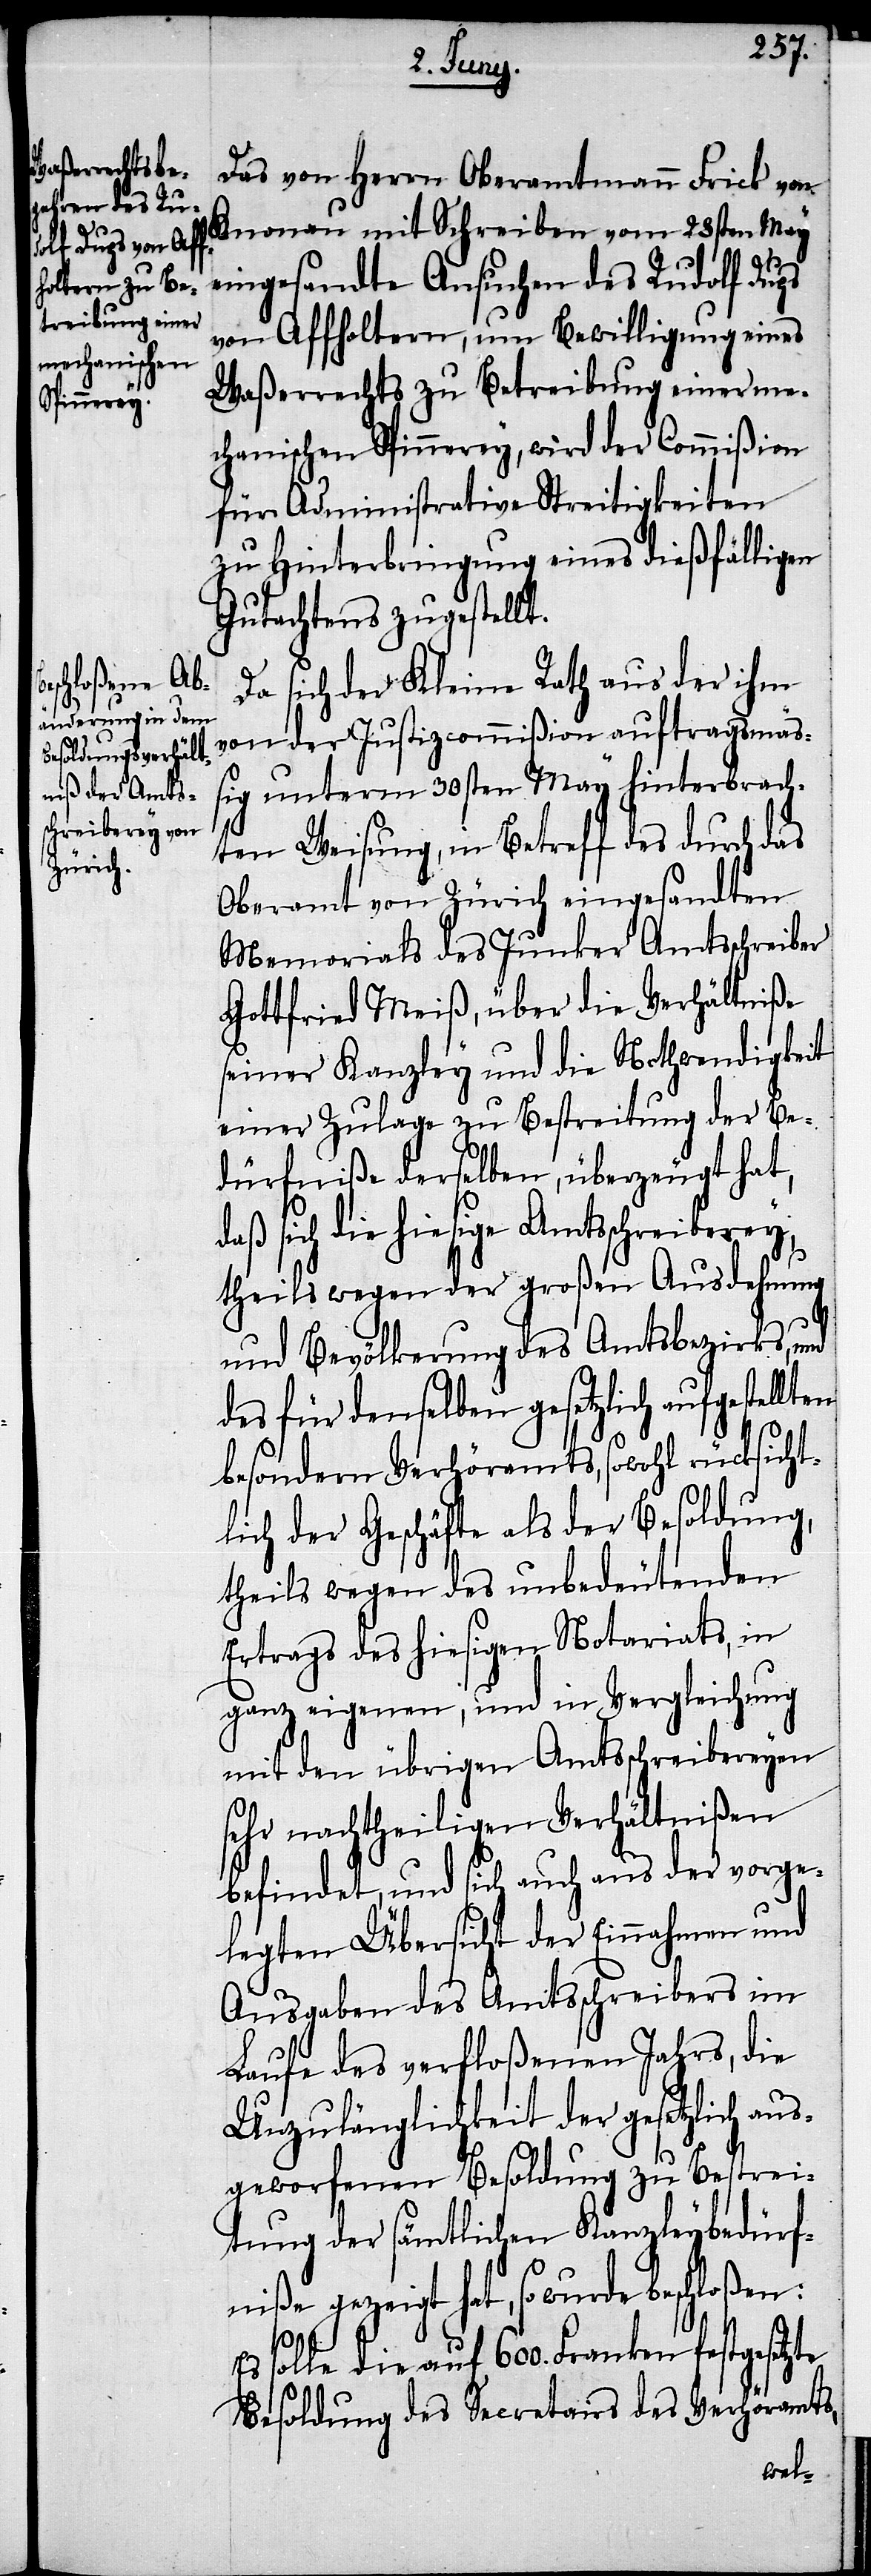
ten

Das von Herrn Oberamtmann Frick von
Knonau mit Schreiben vom 28sten May
eingesandte Ansuchen des Rdolf Dups
von Affoltern, um Bewilligung eines
Waßerrechts zu Betreibung einer me¬
chanischen Spinnerey, wird der Commißion
für Administrative Streitigkeiten
zu Hinterbringung eines dießfälligen
Gutachtens zugestellt.
Da sich der Kleine Rath aus der ihm
von der Justizcommißion auftragsmä¬
ßig unterm 30sten May hinterbrach¬
ten Weisung, in Betreff des durch das
Oberamt von Zürich eingesandten
Memorials des Junker Amtsschreiber
Gottfried Meiß, über die Verhältniße
seiner Kanzley und die Nothwendigkeit
einer Zulage zu Bestreitung der Be¬
dürfniße derselben, überzeugt hat,
daß sich die hiesige Amtsschreiberey;
theils wegen der großen Ausdehnung
und Bevölkerung des Amtsbezirks, und
des für denselben gesetzlich aufgestell¬
besondern Verhöramts, sowohl rücksicht¬
lich der Geschäfte als der Besoldung,
theils wegen des unbedeutenden
Ertrags des hiesigen Notariats, in
ganz eigenen, und in Vergleichung
mit den übrigen Amtsschreibereyen
sehr nachtheiligen Verhältnißen
befindet, und sich auch aus der vorge¬
legten Übersicht der Einnahmen und
Ausgaben des Amtsschreibers im
Laufe des verfloßenen Jahrs, die
Unzulänglichkeit der gesetzlich aus¬
geworfenen Besoldung zu Bestrei¬
tung der sämtlichen Kanzleybedürf¬
niße gezeigt hat, so wurde beschloßen:
Es solle die auf 600. Franken festgesetzte
Besoldung des Secretairs des Verhöramts,